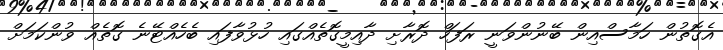
އެގޮތުން ހަމާސްއިން ބޭނުންވަނީ ރަފަހް ދޮރާށި ދާއިމީގޮތެއްގައި ހުޅުވާފައި ބެހެއްޓޭނެ ގޮތެއް ވުންކަމަށް